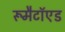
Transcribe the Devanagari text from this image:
रूमैटॉएड